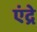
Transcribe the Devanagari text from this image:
एंद्रे